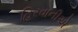
હિરવાનીએ